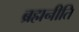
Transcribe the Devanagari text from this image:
ब्रह्मनीति